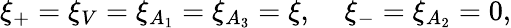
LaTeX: \xi_{+}=\xi_{V}=\xi_{A_{1}}=\xi_{A_{3}}=\xi,\; \; \; \; \xi_{-}=\xi_{A_{2}}=0,